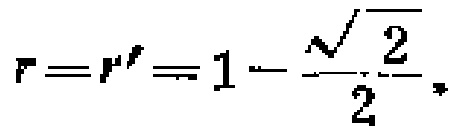
$r = r' = 1 - \frac{\sqrt{2}}{2}.$